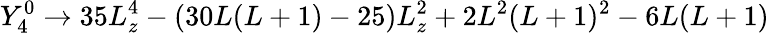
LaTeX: Y_{4}^{0}\rightarrow 35L_{z}^{4}-(30L(L+1)-25)L_{z}^{2}+2L^{2}(L+1)^{2}-6L(L+1)